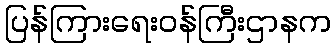
ပြန်ကြားရေးဝန်ကြီးဌာနက